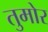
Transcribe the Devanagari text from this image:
तुमोर